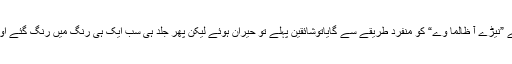
فرہاد ہمایوں نے ڈھول اور ڈرم کے تال میل پر نصیبو لعل کے گائے ہوئے گانے ”نیڑے آ ظالما وے“ کو منفرد طریقے سے گایاتوشائقین پہلے تو حیران ہوئے لیکن پھر جلد ہی سب ایک ہی رنگ میں رنگ گئے اور ایک بار پھر پاکستان زندہ باد کے نعروں نے فضا کا سینہ چیرنا شروع کردیا۔